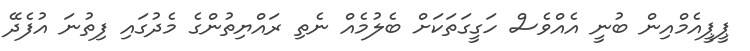
ޕީޕީއެމްއިން ބުނީ އެއްވެސް ހަގީގަތަކަށް ބެލުމެއް ނެތި ރައްޔިތުންގެ މެދުގައި ފިތުނަ އުފެދޭ